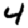
Digit: 4